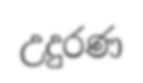
උදුරණ